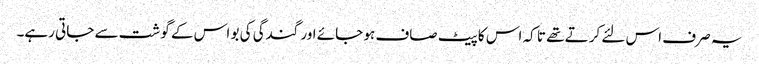
یہ صرف اس لئے کرتے تھے تا کہ اس کا پیٹ صاف ہو جائے اور گندگی کی بو اس کے گوشت سے جاتی رہے۔